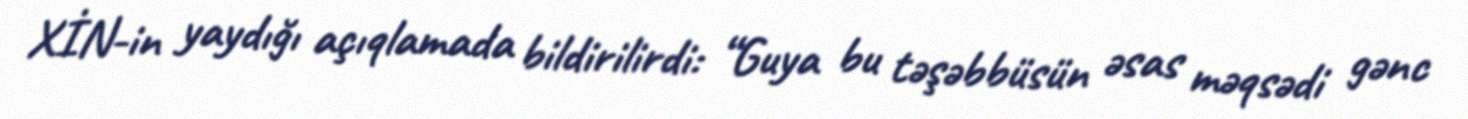
XİN-in yaydığı açıqlamada bildirilirdi: “Guya bu təşəbbüsün əsas məqsədi gənc